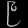
Digit: ၉